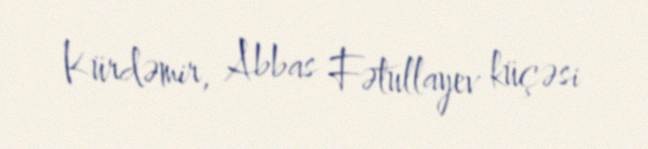
Kürdəmir, Abbas Fətullayev küçəsi